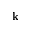
\mathbf { k }